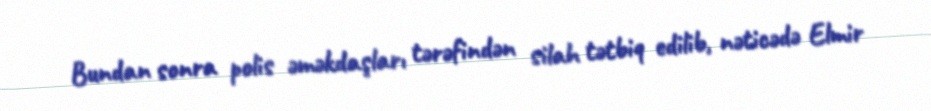
Bundan sonra polis əməkdaşları tərəfindən silah tətbiq edilib, nəticədə Elmir